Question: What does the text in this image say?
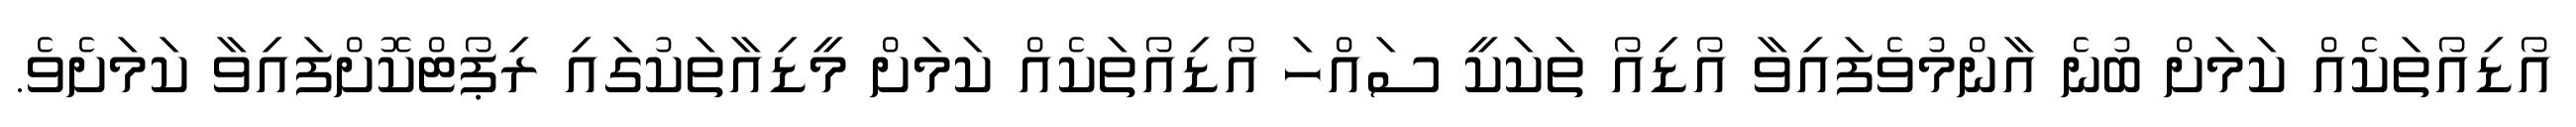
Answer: އޯޑިއޯތަކެއް ކަމަށް ބުނެ އާންމުވެފައިވާ އޯޑިއޯ ތަކަކީ ސައްހަ އޯޑިއޯތަކެއް ކަމަށް މީޑިއާތަކުގައި ރިޕޯޓްކޮށްފައިވާ ކަމަށެވެ.